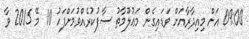
09:00 އަށް މިއިދާރާއަށް ވަޑައިގެން މަޢުލޫމާތު ސާފުކުރެއްވުމަށްފަހު 10 މޭ 2015 ވާ